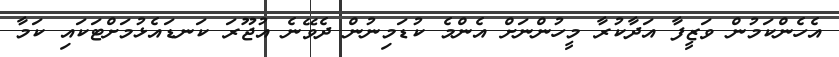
އެހެންކަމުން ވަޒީފާ އަދާކުރާ މީހުންނަށް އެންމެ ކުޑަމިނުން ދެވޭނެ އުޖޫރަ ކަނޑައެޅުމަށްޓަކައި ކަމާ